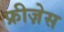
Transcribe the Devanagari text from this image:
फ्रीज़ेस